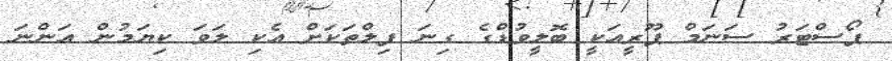
ޕޯސްޓަރު ސަނަމް ޕޫރީއަކީ ބޮލީވުޑްގެ ގިނަ ފިލްތަކަށް އެކި ލަވަ ކިޔަމުން އަންނަ